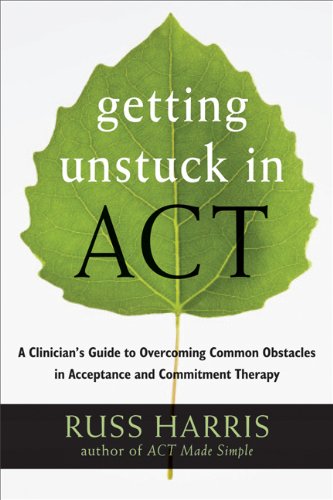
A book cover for Getting Unstuck in ACT: A Clinician's Guide to Overcoming Common Obstacles in Acceptance and Commitment Therapy; Russ Harris; Science & Math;